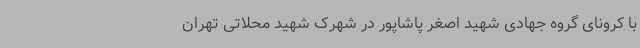
با کرونای گروه جهادی شهید اصغر پاشاپور در شهرک شهید محلاتی تهران